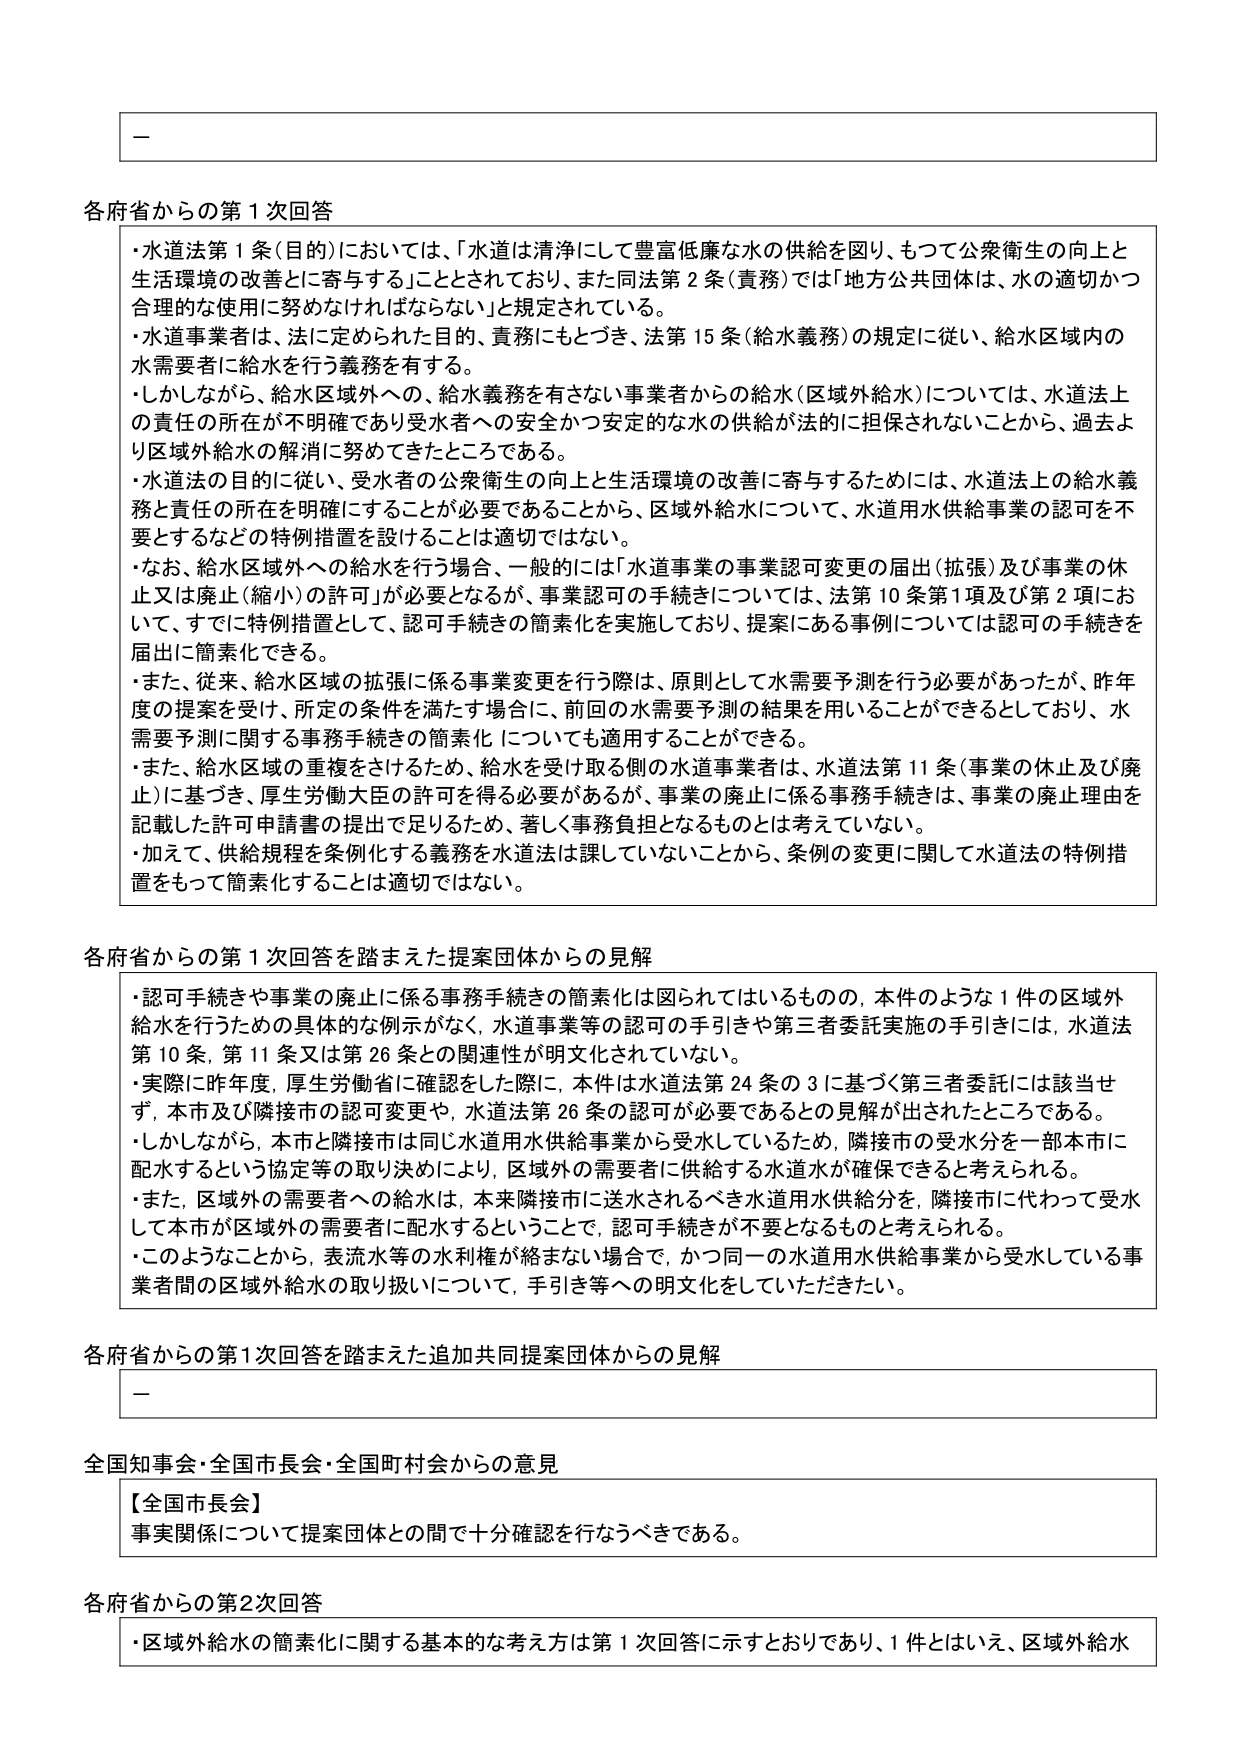
各府省からの第1次回答

・水道法第1条（目的）においては、「水道は清浄にして豊富低廉な水の供給を図り、もつて公衆衛生の向上と生活環境の改善とに寄与する」こととされており、また同法第2条（責務）では「地方公共団体は、水の適切かつ合理的な使用に努めなければならない」と規定されている。
・水道事業者は、法に定められた目的、責務にもとづき、法第15条（給水義務）の規定に従い、給水区域内の水需要者に給水を行う義務を有する。
・しかしながら、給水区域外への、給水義務を有さない事業者からの給水（区域外給水）については、水道法上の責任の所在が不明確であり受水者への安全かつ安定的な水の供給が法的に担保されないことから、過去より区域外給水の解消に努めてきたところである。
・水道法の目的に従い、受水者の公衆衛生の向上と生活環境の改善に寄与するためには、水道法上の給水義務と責任の所在を明確にすることが必要であることから、区域外給水について、水道用水供給事業の認可を不要とするなどの特例措置を設けることは適切ではない。
・なお、給水区域外への給水を行う場合、一般的には「水道事業の事業認可変更の届出（拡張）及び事業の休止又は廃止（縮小）の許可」が必要となるが、事業認可の手続きについては、法第10条第1項及び第2項において、すでに特例措置として、認可手続きの簡素化を実施しており、提案にある事例については認可の手続きを届出に簡素化できる。
・また、従来、給水区域の拡張に係る事業変更を行う際は、原則として水需要予測を行う必要があったが、昨年度の提案を受け、所定の条件を満たす場合に、前回の水需要予測の結果を用いることができるとしており、水需要予測に関する事務手続きの簡素化についても適用ことができる。
・また、給水区域の重複をさけるため、給水を受け取る側の水道事業者は、水道法第11条（事業の休止及び廃止）に基づき、厚生労働大臣の許可を得る必要があるが、事業の廃止に係る事務手続きは、事業の廃止理由を記載した許可申請書の提出で足りるため、著しく事務負担となるものとは考えていない。
・加えて、供給規程を条例化する義務を水道法は課していないことから、条例の変更に関して水道法の特例措置をもって簡素化することは適切ではない。

各府省からの第1次回答を踏まえた提案団体からの見解

・認可手続きや事業の廃止に係る事務手続きの簡素化は図られてはいるものの、本件のような1件の区域外給水を行うための具体的な例示がなく、水道事業等の認可の手引きや第三者委託実施の手引きには、水道法第10条、第11条又は第26条との関連性が明文化されていない。
・実際に昨年度、厚生労働省に確認をした際に、本件は水道法第24条の3に基づく第三者委託には該当せず、本市及び隣接市の認可変更や、水道法第26条の認可が必要であるとの見解が出されたところである。
・しかしながら、本市と隣接市は同じ水道用水供給事業から受水しているため、隣接市の受水分を一部本市に配水するという協定等の取り決めにより、区域外の需要者に供給する水道水が確保できると考えられる。
・また、区域外の需要者への給水は、本来隣接市に送水されるべき水道用水供給分を、隣接市に代わって受水して本市が区域外の需要者に配水するということで、認可手続きが不要となるものと考えられる。
・このようなことから、表流水等の水利権が絡まない場合で、かつ同一の水道用水供給事業から受水している事業者間の区域外給水の取り扱いについて、手引き等への明文化をしていただきたい。

各府省からの第1次回答を踏まえた追加共同提案団体からの見解

－

全国知事会・全国市長会・全国町村会からの意見

【全国市長会】
事実関係について提案団体との間で十分確認を行なうべきである。

各府省からの第2次回答

・区域外給水の簡素化に関する基本的な考え方は第1次回答に示すとおりであり、1件とはいえ、区域外給水